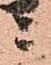
ニ